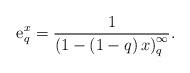
LaTeX: \begin{align*}{{\rm{e}}_q^x } =\frac{1}{\left( {1 - \left(1-q\right)x}\right)_q^\infty}.\end{align*}